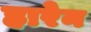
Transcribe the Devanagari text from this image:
हारेन